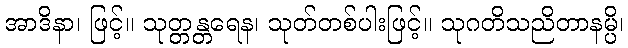
အာဒိနာ၊ ဖြင့်။ သုတ္တန္တရေန၊ သုတ်တစ်ပါးဖြင့်။ သုဂတိသညိတာနမ္ပိ၊